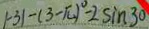
\vert - 3 \vert - ( 3 - \pi ) ^ { 0 } - 2 \sin 3 0